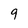
Character: 9